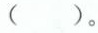
( )。